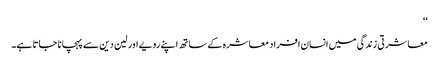
‘‘
معاشرتی زندگی میں انسان افراد معاشرہ کے ساتھ اپنے رویے اور لین دین سے پہچانا جاتا ہے۔